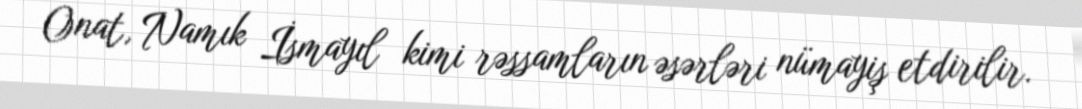
Onat, Namık İsmayıl kimi rəssamların əsərləri nümayiş etdirilir.